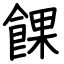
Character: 餜